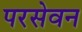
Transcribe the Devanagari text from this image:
परसेवन